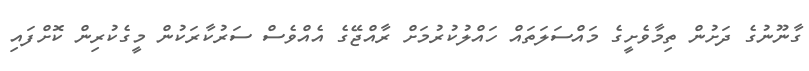
ގާނޫނުގެ ދަށުން ތިމާވެށީގެ މައްސަލަތައް ހައްލުކުރުމަށް ރާއްޖޭގެ އެއްވެސް ސަރުކާރަކުން މީގެކުރިން ކޮށްފައި